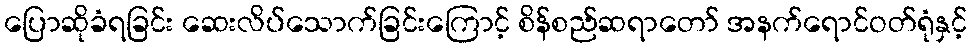
ပြောဆိုခံရခြင်း ဆေးလိပ်သောက်ခြင်းကြောင့် စိန်စည်ဆရာတော် အနက်ရောင်ဝတ်ရုံနှင့်